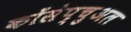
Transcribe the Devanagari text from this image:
कोंसेप्चुअल